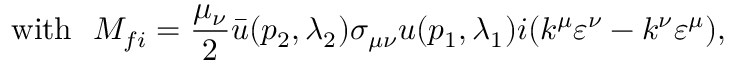
\mathrm { w i t h \ \ } M _ { f i } = { \frac { \mu _ { \nu } } { 2 } } \bar { u } ( p _ { 2 } , \lambda _ { 2 } ) \sigma _ { \mu \nu } u ( p _ { 1 } , \lambda _ { 1 } ) i ( k ^ { \mu } \varepsilon ^ { \nu } - k ^ { \nu } \varepsilon ^ { \mu } ) ,